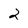
Character: 2